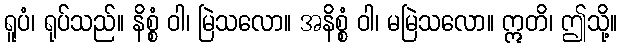
ရူပံ၊ ရုပ်သည်။ နိစ္စံ ဝါ၊ မြဲသလော။ အနိစ္စံ ဝါ၊ မမြဲသလော။ ဣတိ၊ ဤသို့။